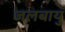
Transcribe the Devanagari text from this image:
जलबायु